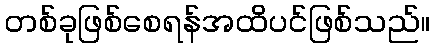
တစ်ခုဖြစ်စေရန်အထိပင်ဖြစ်သည်။